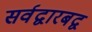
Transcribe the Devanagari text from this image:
सर्वद्वारबद्व